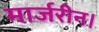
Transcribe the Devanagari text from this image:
मार्जरीन।